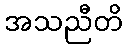
အသညီတိ